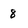
Character: 8